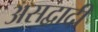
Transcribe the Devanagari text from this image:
असद्वादी